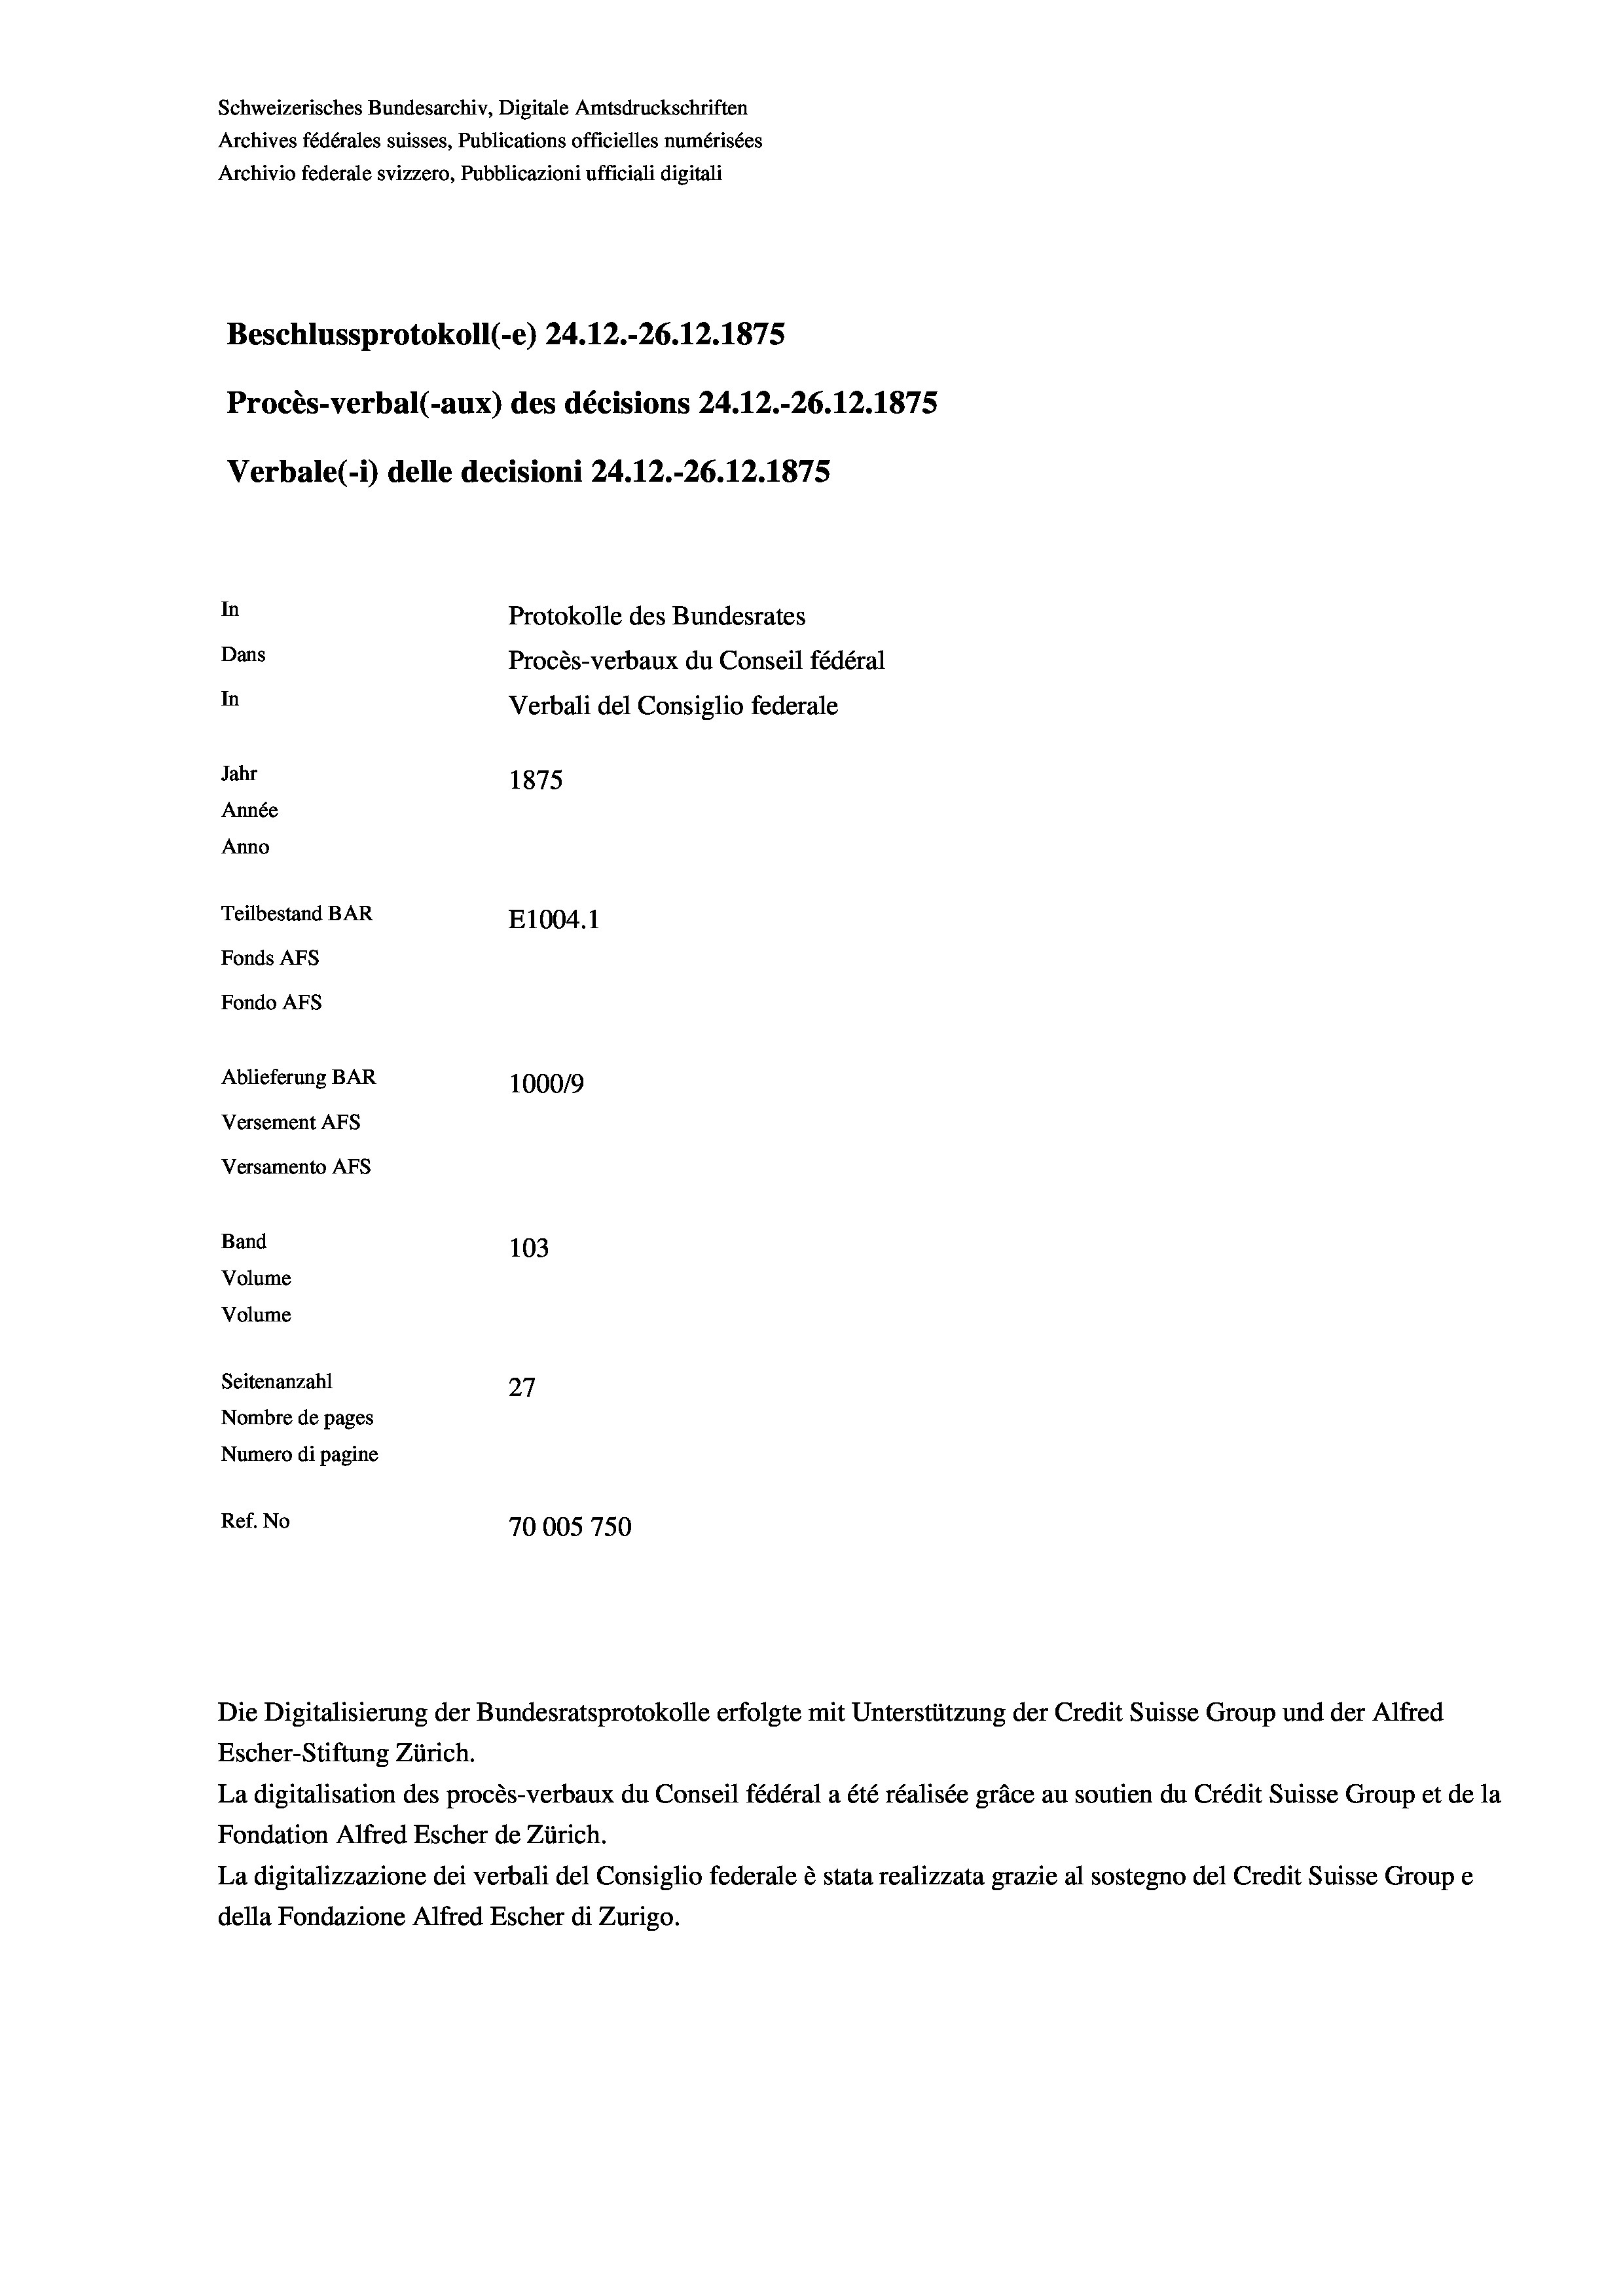
Schweizerisches Bundesarchiv, Digitale Amtsdruckschriften
Archives fédérales suisses, Publications officielles numérisées
Archivio federale svizzero, Pubblicazioni ufficiali digitali
Beschlussprotokoll (-e) 24.12.-26.12.1875
Procès-verbal (-aux) des décisions 24.12.-26.12.1875
Verbale(- 1) delle decisioni 24.12.-26.12.1875
In
Protokolle des Bundesrates
Dans
Procès-verbaux du Conseil fédéral
In
Verbali del Consiglio federale
Jahr
1875
Année
Anno
Teilbestand BAR
E1004. 1
Fonds AFs
Fondo AFS
Ablieferung BAR
100019
Versement AFs
Versamento AFs
Band
103
Volume
Volume
Seitenanzahl
27
Nombre de pages
Numero di pagine
Ref. No
70005750

La digitalisation des procès-verbaux du Conseil fédéral a été réalisée gräce au soutien du Crédit Suisse Group et de la
Fondation Alfred Escher de Zürich.
La digitalizzazione dei verbali del Consiglio federale è stata realizzata grazie al sostegno del Credit Suisse Groupe
della Fondazione Alfred Escher di Zurigo.

Die Digitalisierung der Bundesratsprotokolle erfolgte mit Unterstützung der Credit Suisse Group und der Alfred
Escher-Stiftung Zürich.